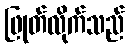
ဖြုတ်လိုက်သည်